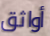
أواثق